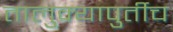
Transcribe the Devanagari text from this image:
तालुक्यापुर्तीच